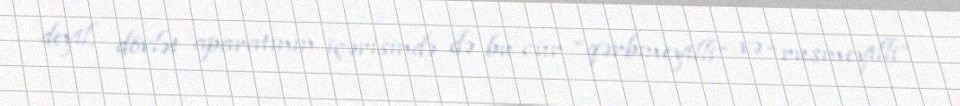
deyil, dövlət aparatının içərisində də bu cür “qərbmeyilli” və “rusmeyilli”